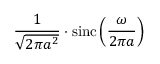
{ \frac { 1 } { \sqrt { 2 \pi a ^ { 2 } } } } \cdot \operatorname { s i n c } \left( { \frac { \omega } { 2 \pi a } } \right)